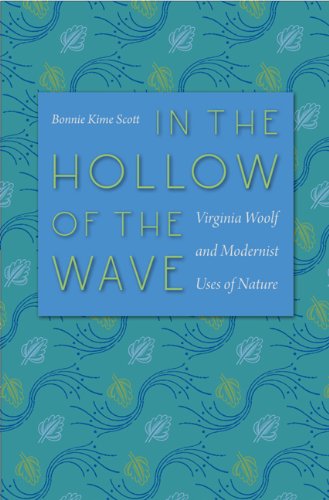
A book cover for In the Hollow of the Wave: Virginia Woolf and Modernist Uses of Nature; Bonnie Kime Scott; Literature & Fiction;